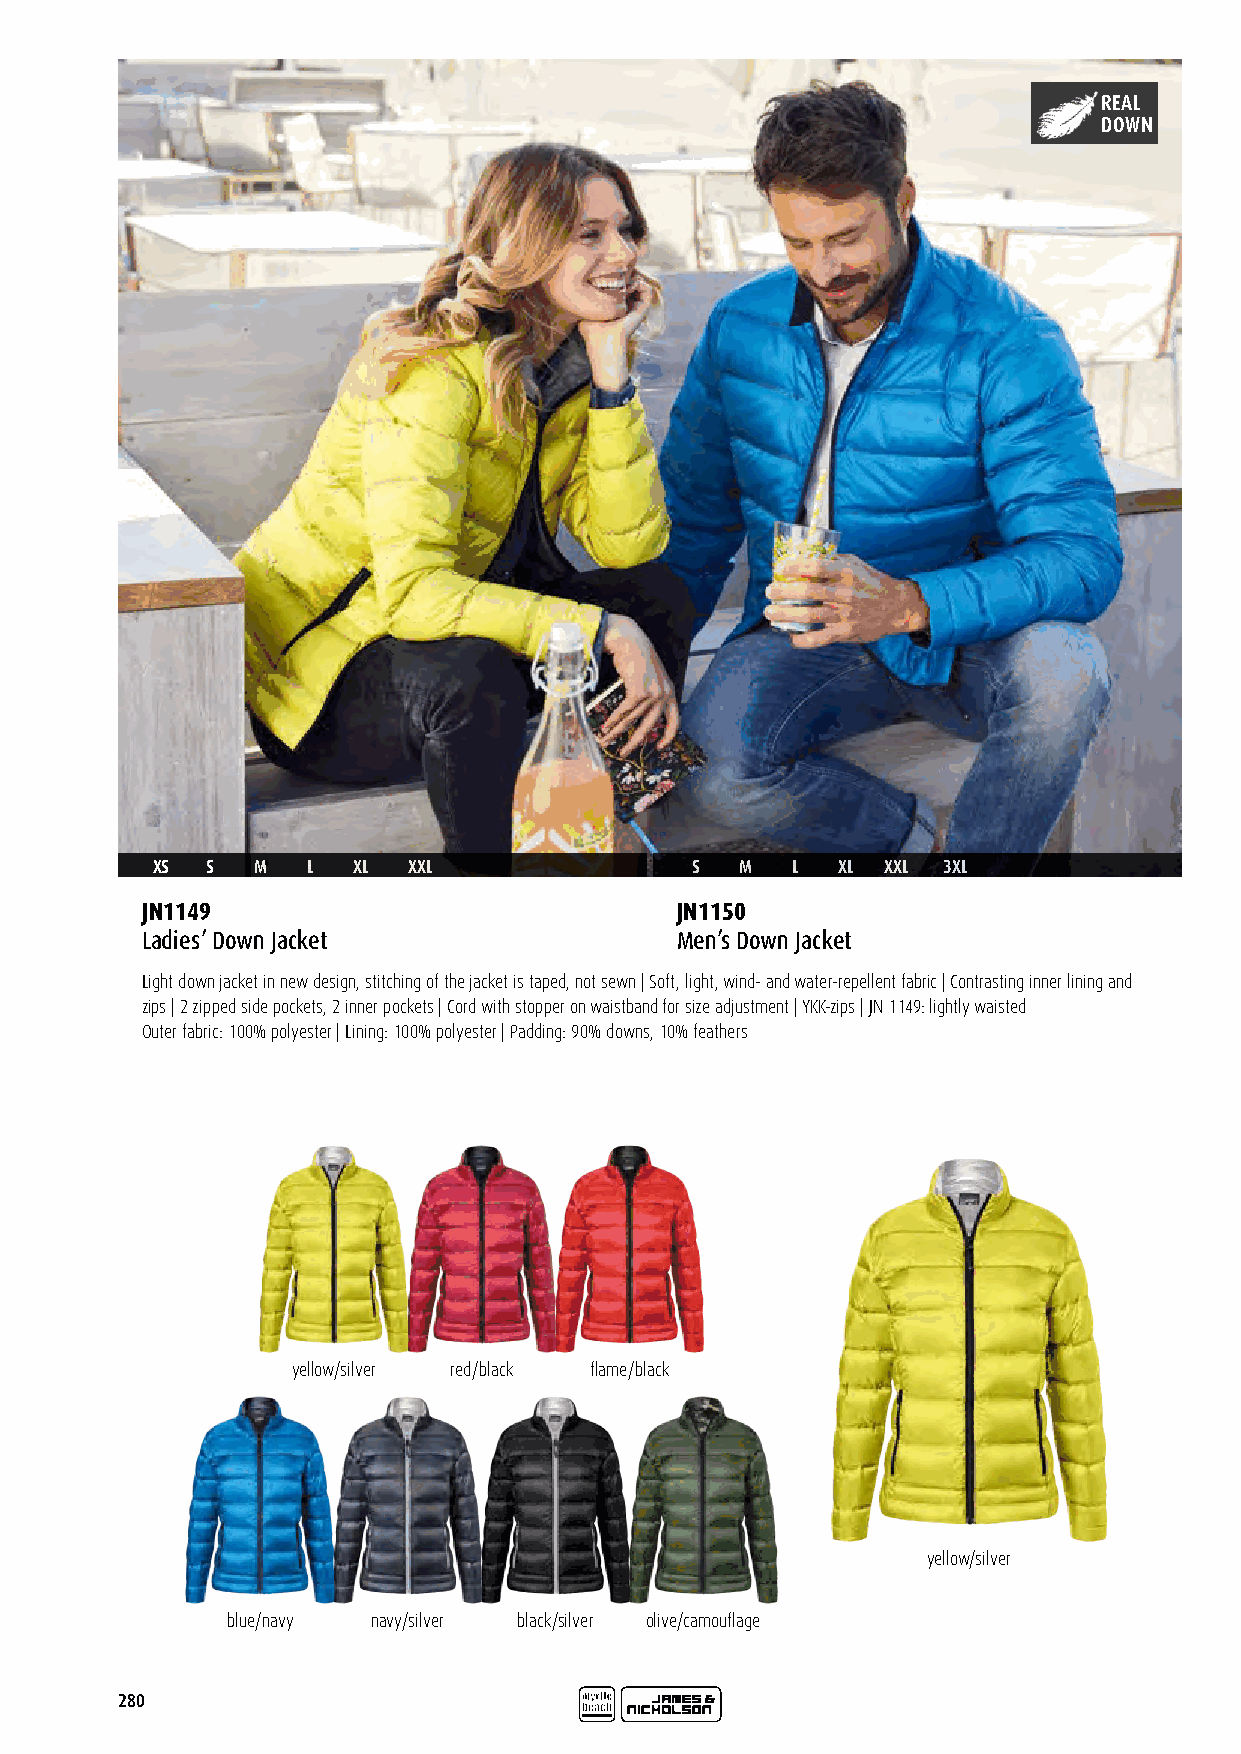
REAL
 DOWN
 XS  S  M  L  XL  XXL                S  M  L  XL  XXL 3XL
 JN1149                              JN1150
 Ladies’ Down Jacket                 Men’s Down Jacket
 Light down jacket in new design, stitching of the jacket is taped, not sewn | Soft, light, wind- and water-repellent fabric | Contrasting inner lining and
 zips | 2 zipped side pockets, 2 inner pockets | Cord with stopper on waistband for size adjustment | YKK-zips | JN 1149: lightly waisted
 Outer fabric: 100% polyester | Lining: 100% polyester | Padding: 90% downs, 10% feathers
 yellow/silver red/black flame/black
 yellow/silver
 blue/navy navy/silver black/silver olive/camouflage
 280